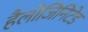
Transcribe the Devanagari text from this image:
हैलोजिनिटेड